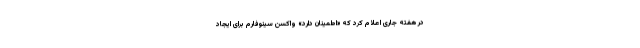
در هفته جاری اعلام کرد که «اطمینان دارد» واکسن سینوفارم برای ایجاد